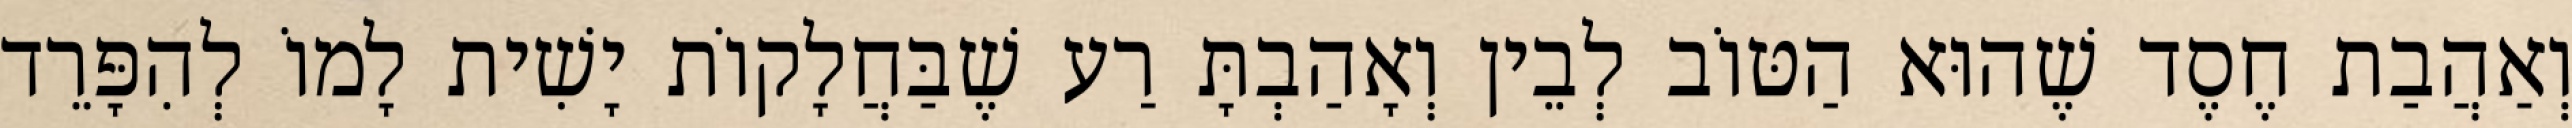
וְאַהֲבַת חֶסֶד שֶׁהוּא הַטּוֹב לְבֵין וְאָהַבְתָּ רַע שֶׁבַּחֲלָקוֹת יָשִׁית לָמוֹ לְהִפָּרֵד